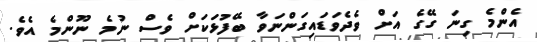
އެންމެ ގިނަ ގޭގެ އަށް ވެދެވަޑައިގަންނަވާ ބޭފުޅަކަށް ވެސް ނުމެ ނޫންމެ އެވެ.